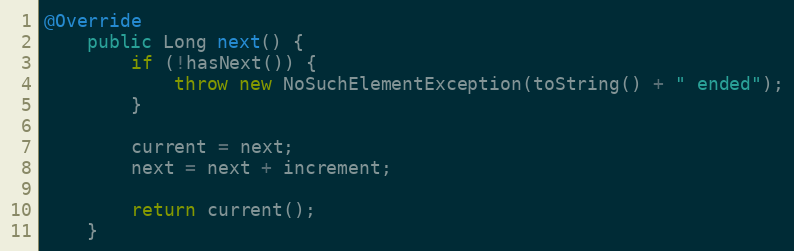
Language: Java
@Override
	public Long next() {
		if (!hasNext()) {
			throw new NoSuchElementException(toString() + " ended");
		}

		current = next;
		next = next + increment;

		return current();
	}